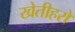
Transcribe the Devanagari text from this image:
खेतीहरों